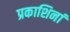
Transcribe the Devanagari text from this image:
प्रकाशिनां